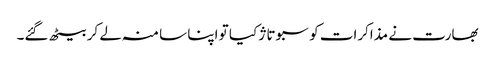
بھارت نے مذاکرات کو سبوتاژ کیا تو اپنا سا منہ لے کر بیٹھ گئے۔